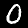
Digit: 0